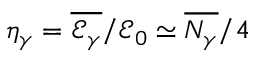
\eta _ { \gamma } = \overline { { \mathcal { E } _ { \gamma } } } / \mathcal { E } _ { 0 } \simeq \overline { { N _ { \gamma } } } / 4